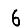
Digit: 6